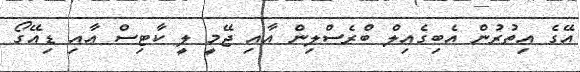
އޭގެ އިތުރުން އެބިގެއިލް ބްރެސްލިން އާއި ޖޭމީ ލީ ކާޓިސް އާއި ޑިއޭގޯ